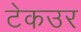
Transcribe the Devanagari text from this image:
टेकउर